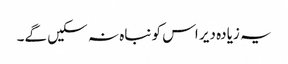
یہ زیادہ دیر اس کو نباہ نہ سکیں گے۔